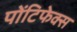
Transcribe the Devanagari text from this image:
पोंटिफेक्स